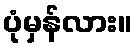
ပုံမှန်လား။